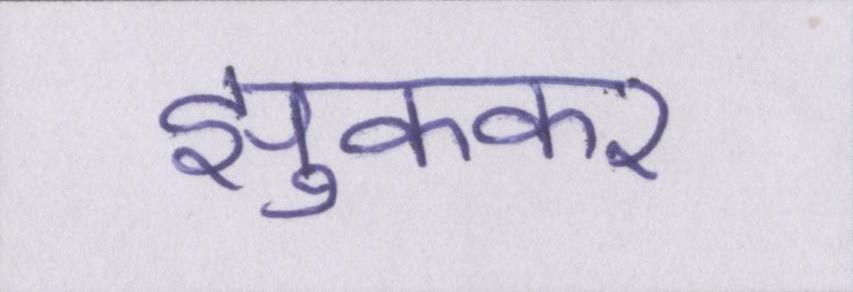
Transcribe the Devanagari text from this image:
झुककर